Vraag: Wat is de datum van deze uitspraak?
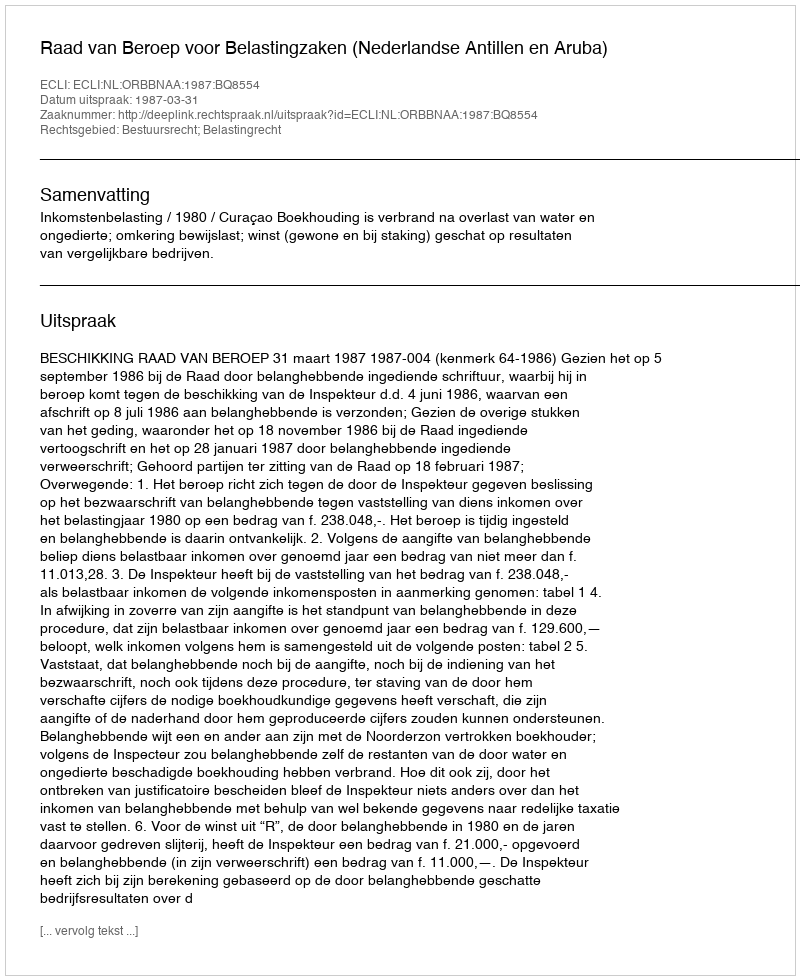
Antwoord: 1987-03-31